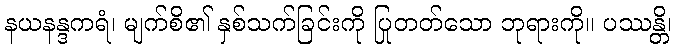
နယနန္ဒကရံ၊ မျက်စိ၏ နှစ်သက်ခြင်းကို ပြုတတ်သော ဘုရားကို။ ပဿန္တိ၊